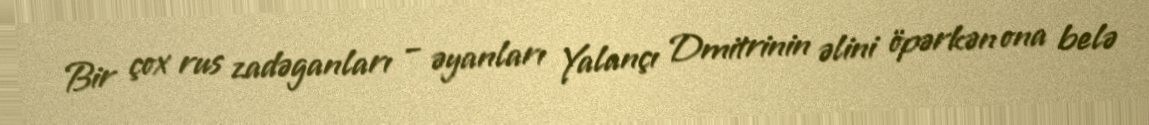
Bir çox rus zadəganları – əyanları Yalançı Dmitrinin əlini öpərkən ona belə